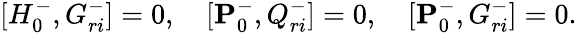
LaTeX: \lbrack{H_{0}^{-},G_{ri}^{-}}\rbrack=0,\quad\lbrack{{\mathbf P}_{0}^{-},Q_{ri}^{-}}\rbrack=0,\quad\lbrack{{\mathbf P}_{0}^{-},G_{ri}^{-}}\rbrack=0.